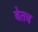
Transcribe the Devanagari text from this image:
बेतच